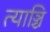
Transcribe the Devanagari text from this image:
त्याञ्चि